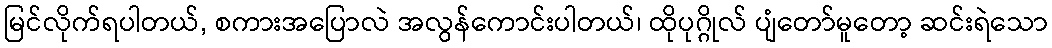
မြင်လိုက်ရပါတယ်, စကားအပြောလဲ အလွန်ကောင်းပါတယ်၊ ထိုပုဂ္ဂိုလ် ပျံတော်မူတော့ ဆင်းရဲသော